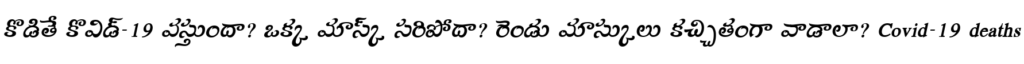
కొడితే కొవిడ్-19 వస్తుందా? ఒక్క మాస్క్ సరిపోదా? రెండు మాస్కులు కచ్చితంగా వాడాలా? Covid-19 deaths